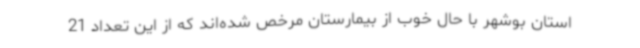
استان بوشهر با حال خوب از بیمارستان مرخص شده‌اند که از این تعداد 21